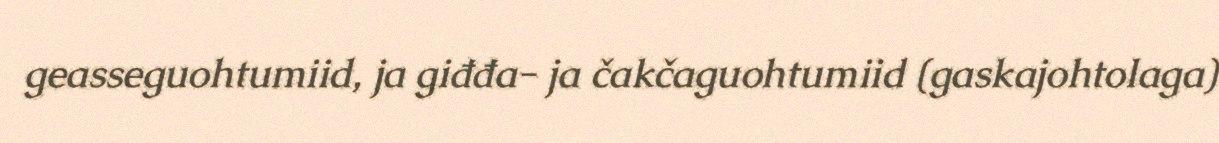
geasseguohtumiid, ja giđđa- ja čakčaguohtumiid (gaskajohtolaga)